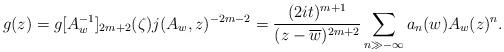
LaTeX: \begin{align*}g(z)=g[A_{w}^{-1}]_{2m+2}(\zeta)j(A_{w},z)^{-2m-2}=\frac{(2it)^{m+1}}{(z-\overline{w})^{2m+2}}\sum_{n\gg-\infty}a_{n}(w)A_{w}(z)^{n}. \end{align*}